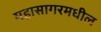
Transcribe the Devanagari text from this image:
महासागरमधील